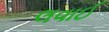
લવાઈ